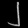
Digit: ၂